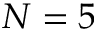
N = 5